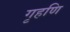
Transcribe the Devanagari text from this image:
गृहणि